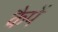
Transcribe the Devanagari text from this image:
कैपें